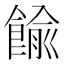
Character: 𩜶